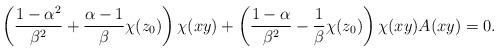
LaTeX: \begin{align*} \left( \dfrac{1-\alpha^2}{\beta^2 }+ \dfrac{\alpha-1}{\beta }\chi(z_0)\right) \chi(xy)+\left( \dfrac{1-\alpha}{\beta^2 }-\dfrac{1}{\beta }\chi(z_0)\right) \chi(xy)A(xy)=0. \end{align*}